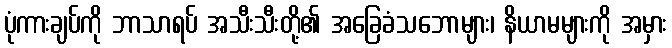
ပုံကားချပ်ကို ဘာသာရပ် အသီးသီးတို့၏ အခြေခံသဘောများ၊ နိယာမများကို အမှား